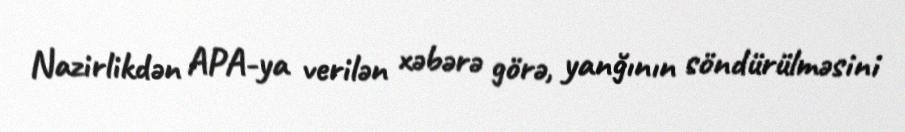
Nazirlikdən APA-ya verilən xəbərə görə, yanğının söndürülməsini